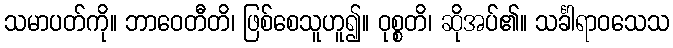
သမာပတ်ကို။ ဘာဝေတီတိ၊ ဖြစ်စေသူဟူ၍။ ဝုစ္စတိ၊ ဆိုအပ်၏။ သင်္ခါရာဝသေသ